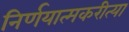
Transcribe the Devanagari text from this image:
निर्णयात्मकरीत्या